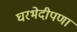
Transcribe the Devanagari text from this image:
घरभेदीपणा